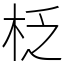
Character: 柉